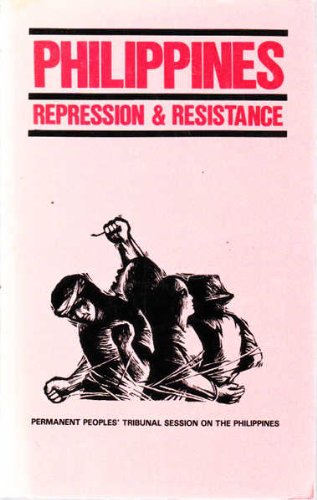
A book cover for Philippines: Repression and Resistance; People's Permanent Tribunal; History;